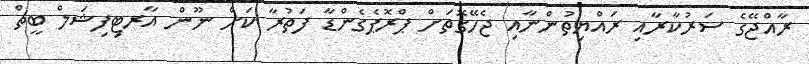
ރާއްޖޭގެ ސަރުކާރާއި ރައްޔިތުންނާއި ޖެހޭގޮތަށް ޕްރޮޕެގެންޑާ ފަތުރާ ކަށް ނޫން އާރޓިފިޝަލް ބީޗް